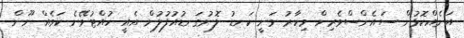
އަނެއްކޮޅުން ސައެންސްވެރިން މިހާރު ވަނީ ކަނޑު ލޮނުގަނޑުއުފުލުން އެއީ ހުއްޓުވޭނެ ކަމެއް ނޫން